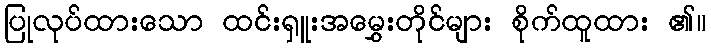
ပြုလုပ်ထားသော ထင်းရှူးအမွှေးတိုင်များ စိုက်ထူထား ၏။